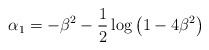
LaTeX: \begin{align*}\alpha_{1}= -\beta^2- \frac{1}{2}\log\left(1- 4\beta^2\right)\end{align*}